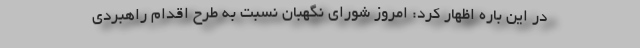
در این باره اظهار کرد: امروز شورای نگهبان نسبت به طرح اقدام راهبردی